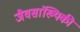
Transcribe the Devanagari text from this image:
जैवसांख्‍यिकी